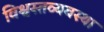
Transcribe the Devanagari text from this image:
विश्वस्तव्यवस्था